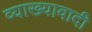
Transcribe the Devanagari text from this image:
व्याख्यावादी